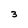
Character: 3